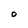
Character: O